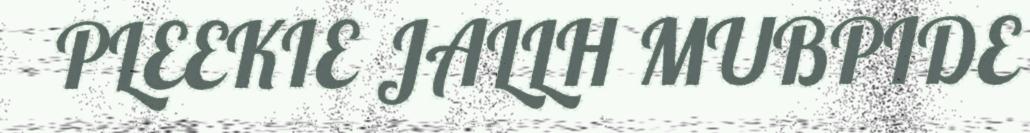
PLEEKIE JALLH MUBPIDE